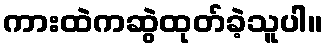
ကားထဲကဆွဲထုတ်ခဲ့သူပါ။